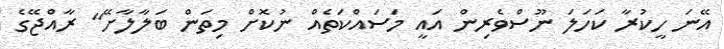
އޭނަ ހީކުރާ ކަހަލަ ނޫސްވެރިން އައީ މަސައްކަތެއް ނުކޮށް މިތަން ބަލާލާށޭ" ރާއްޖޭގެ